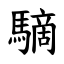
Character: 䮰